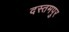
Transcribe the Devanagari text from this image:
दस्तमपुर